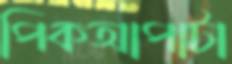
পিকআপাটা